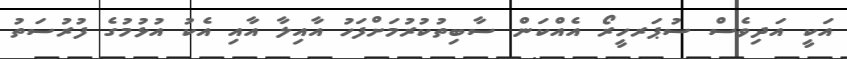
އަކީ އަދިވެސް ސުޕަރހީރޯ އެއްކަން ސާބިތުކުރުމަށްފަހު އާއިލާ އާއި އެކު އުޅުމުގެ ފުރުސަތު